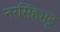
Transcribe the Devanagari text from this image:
नरसिंहभट्ट